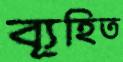
ব্যূহিত